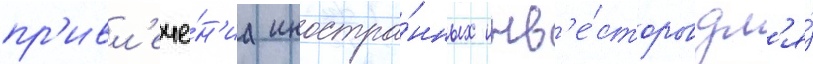
пр'ивл'ече́н'иа иностра́нных инв'е́сторов дл'я́